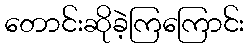
တောင်းဆိုခဲ့ကြကြောင်း